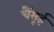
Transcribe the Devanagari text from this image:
चैंसूई